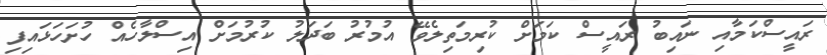
ރައީސްކަމާއި ނައިބު ރައީސް ކަމަށް ކުރިމަތިލެވޭ އުމުރު ބަދަލު ކުރުމަށް އިސްލާހެއް ހުށަހަޅައިފި